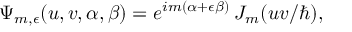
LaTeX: \Psi _ { m , \epsilon } ( u , v , \alpha , \beta ) = e ^ { i m ( \alpha + \epsilon \beta ) } \: J _ { m } ( u v / \hbar ) ,